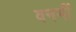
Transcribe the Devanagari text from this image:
वनमीं